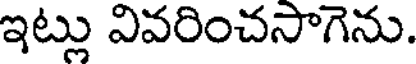
ఇట్లు వివరించసాగెను.